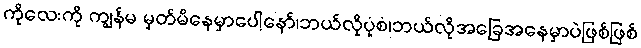
ကိုလေးကို ကျွန်မ မှတ်မိနေမှာပေါ့နော်၊ဘယ်လိုပုံစံ၊ဘယ်လိုအခြေအနေမှာပဲဖြစ်ဖြစ်